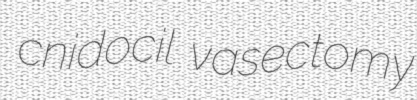
cnidocil vasectomy